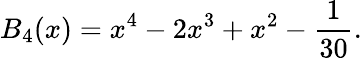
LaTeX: B_{4}(x)=x^{4}-2x^{3}+x^{2}-\frac{1}{30}.